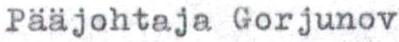
Pääjohtaja Gorjunov